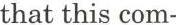
that this com-